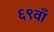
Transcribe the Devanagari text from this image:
६९वाँ